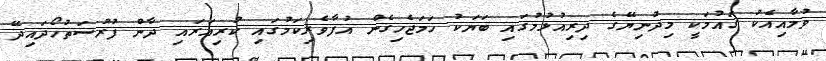
ވުމާއިއެކު ގައުމަކީ މިދުނިޔޭގެ ދިރިއުޅުމުގައި ބަޔަކު ހަމަޖެހިގެން އުފާވެރިކަމުގައި ކުރިއަރައި ދާން ފުރުސަތުހޯދައިދޭ